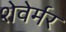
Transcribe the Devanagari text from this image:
शेवेर्मर